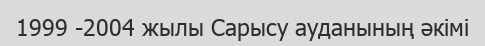
1999 -2004 жылы Сарысу ауданының әкімі